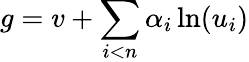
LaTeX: g=v+\sum_{i<n}\alpha_{i}\ln(u_{i})